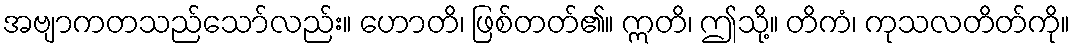
အဗျာကတသည်သော်လည်း။ ဟောတိ၊ ဖြစ်တတ်၏။ ဣတိ၊ ဤသို့။ တိကံ၊ ကုသလတိတ်ကို။